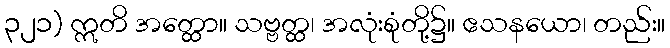
၃၂၁) ဣတိ အတ္ထော။ သဗ္ဗတ္ထ၊ အလုံးစုံတို့၌။ ဧသနယော၊ တည်း။